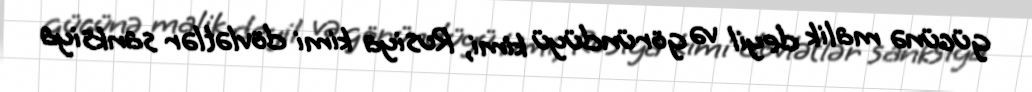
gücünə malik deyil və göründüyü kimi, Rusiya kimi dövlətlər sanksiya